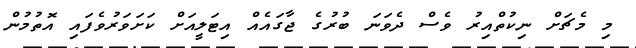
މި މެޗަށް ނިކުތްއިރު ވެސް ދެވަނަ ބުރުގެ ޖާގައެއް އިޓަލީއަށް ކަށަވަރުވެފައި އޮތުމުން